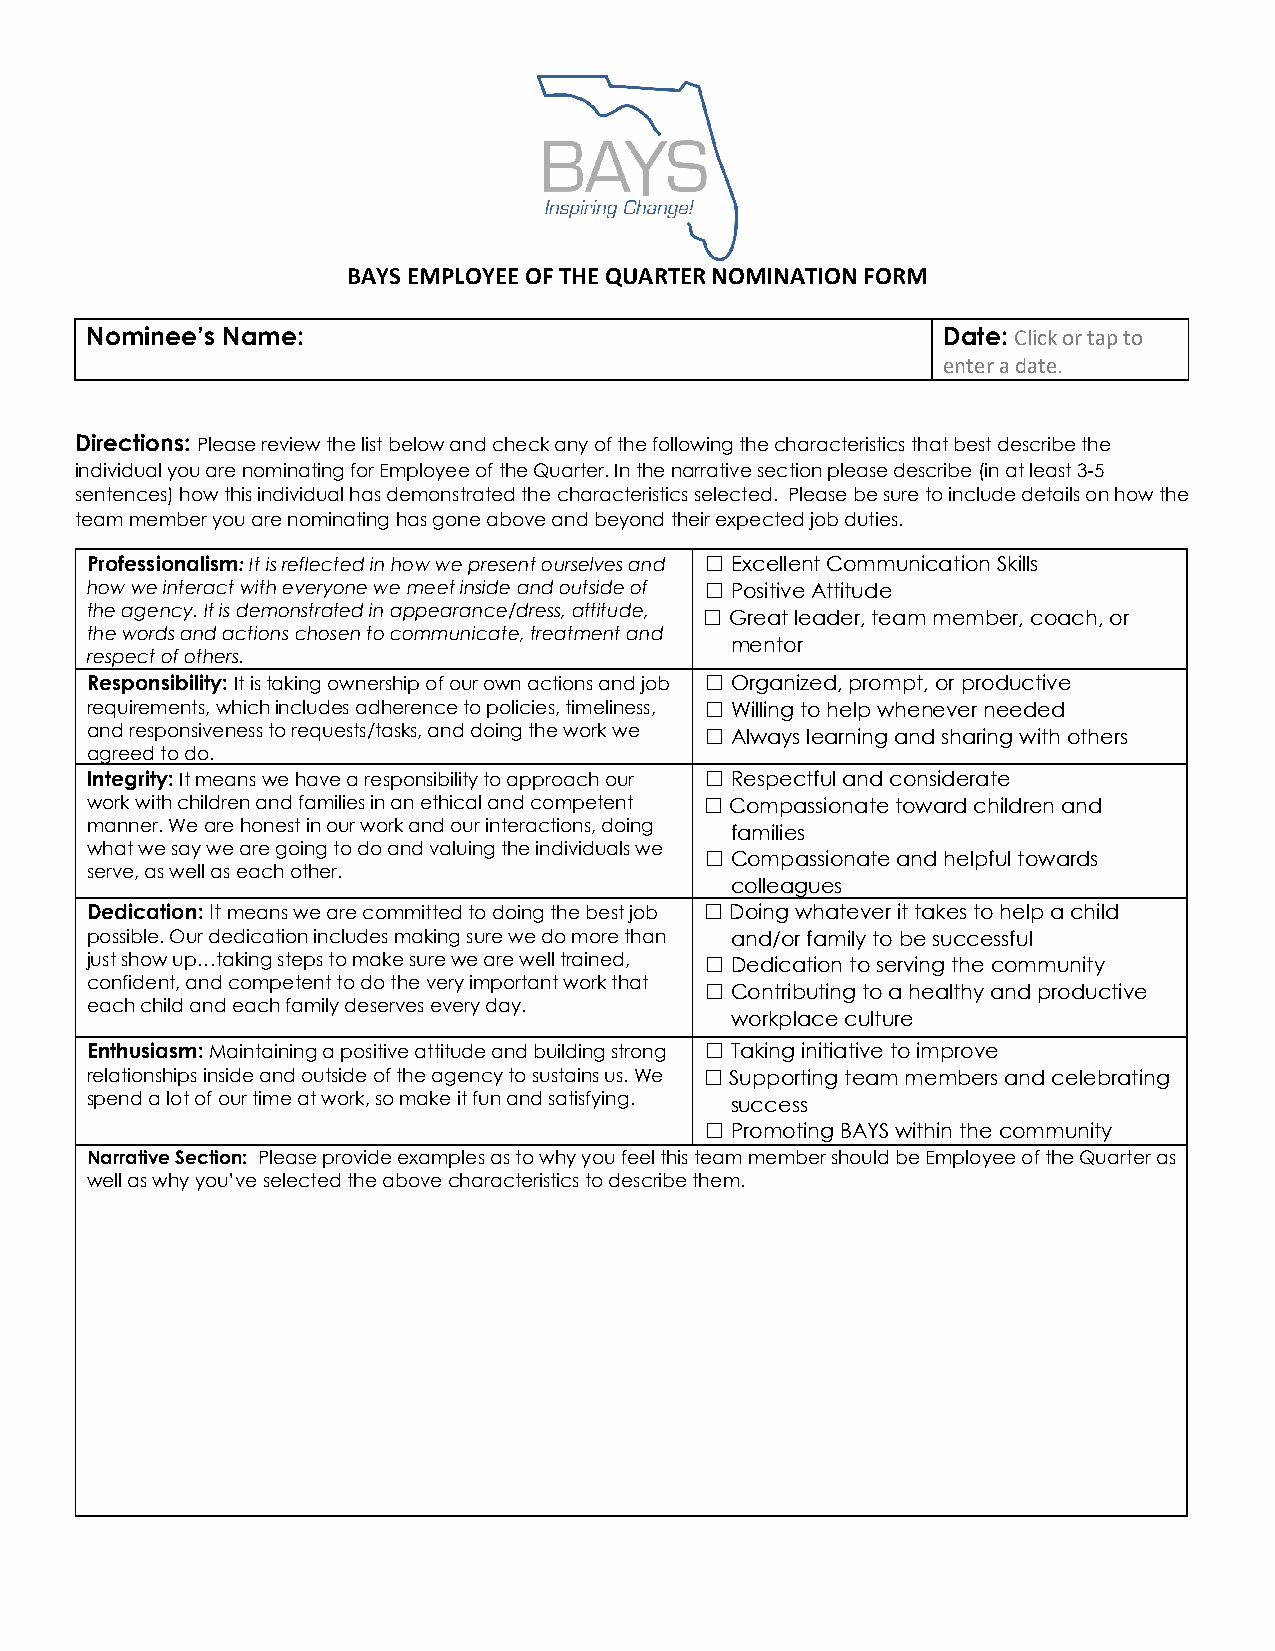
BAYS EMPLOYEE OF THE QUARTER NOMINATION FORM
 Nominee’s Name:                                         Date: Click or tap to
 enter a date.
 Directions: Please review the list below and check any of the following the characteristics that best describe the
 individual you are nominating for Employee of the Quarter. In the narrative section please describe (in at least 3-5
 sentences) how this individual has demonstrated the characteristics selected. Please be sure to include details on how the
 team member you are nominating has gone above and beyond their expected job duties.
 Professionalism: It is reflected in how we present ourselves and ☐Excellent Communication Skills
 how we interact with everyone we meet inside and outside of ☐Positive Attitude
 the agency. It is demonstrated in appearance/dress, attitude, ☐Great leader, team member, coach, or
 the words and actions chosen to communicate, treatment and
 mentor
 respect of others.
 Responsibility: It is taking ownership of our own actions and job ☐Organized, prompt, or productive
 requirements, which includes adherence to policies, timeliness, ☐Willing to help whenever needed
 and responsiveness to requests/tasks, and doing the work we ☐Always learning and sharing with others
 agreed to do.
 Integrity: It means we have a responsibility to approach our ☐Respectful and considerate
 work with children and families in an ethical and competent ☐Compassionate toward children and
 manner. We are honest in our work and our interactions, doing
 families
 what we say we are going to do and valuing the individuals we ☐Compassionate and helpful towards
 serve, as well as each other.
 colleagues
 Dedication: It means we are committed to doing the best job ☐Doing whatever it takes to help a child
 possible. Our dedication includes making sure we do more than and/or family to be successful
 just show up…taking steps to make sure we are well trained, ☐Dedication to serving the community
 confident, and competent to do the very important work that ☐Contributing to a healthy and productive
 each child and each family deserves every day.
 workplace culture
 Enthusiasm: Maintaining a positive attitude and building strong ☐Taking initiative to improve
 relationships inside and outside of the agency to sustains us. We ☐Supporting team members and celebrating
 spend a lot of our time at work, so make it fun and satisfying.
 success
 ☐Promoting BAYS within the community
 Narrative Section: Please provide examples as to why you feel this team member should be Employee of the Quarter as
 well as why you’ve selected the above characteristics to describe them.